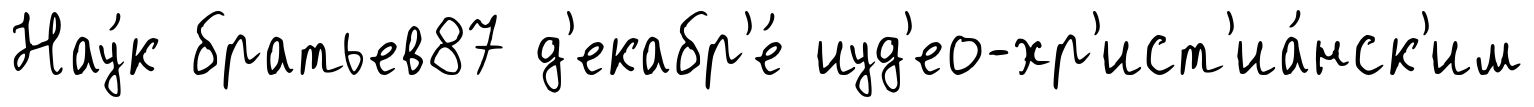
Нау́к братьев87 д'екабр'е́ иуд'ео-хр'ист'иа́нск'им